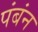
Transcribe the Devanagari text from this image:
पंबंन